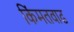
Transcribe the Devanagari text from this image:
किंमतवाढ